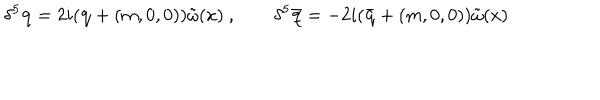
LaTeX: \delta ^ { 5 } { \mathbf q } = 2 i ( { \mathbf q } + ( m , 0 , 0 ) ) \tilde { \omega } ( x ) \ , \qquad \delta ^ { 5 } { \mathbf { \bar { q } } } = - 2 i ( { \mathbf { \bar { q } } } + ( m , 0 , 0 ) ) \tilde { \omega } ( x )